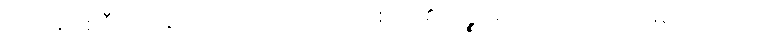
ဤသို့။ ဝစနီယာ၊ ဆိုအပ်သည်။ အဿ၊ ဖြစ်ရာ၏။ ပဉ္စမေန၊ ငါးယောက်မြောက် သော။